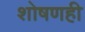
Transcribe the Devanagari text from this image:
शोषणही